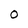
Character: O